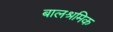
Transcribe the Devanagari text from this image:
बालश्रमिक